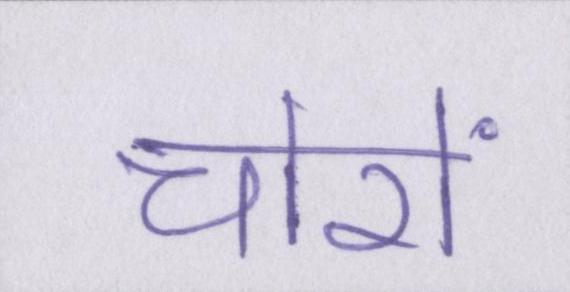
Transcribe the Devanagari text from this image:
चोरों